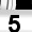
Digit: 5